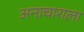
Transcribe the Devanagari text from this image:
अनाचाराला